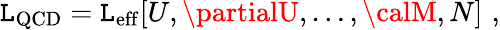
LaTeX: {\cal\mathtt{L}}_{\mathrm{{QCD}}}={\cal\mathtt{L}}_{\mathrm{{eff}}}[U,\partialU,\ldots,{\calM},N]\, \, ,